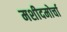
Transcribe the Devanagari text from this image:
मशीदमोर्चा